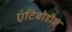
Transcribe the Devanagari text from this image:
एंटिबोडीज